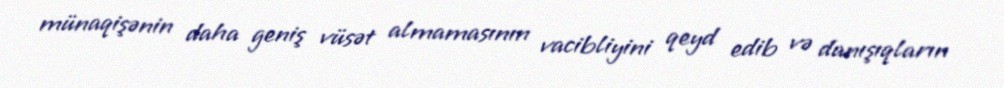
münaqişənin daha geniş vüsət almamasının vacibliyini qeyd edib və danışıqların